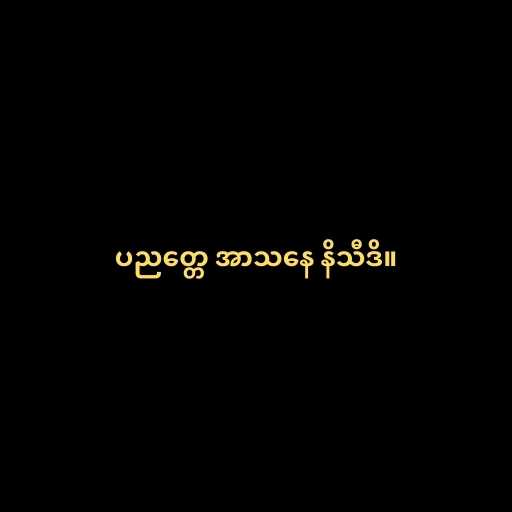
ပညတ္တေ အာသနေ နိသီဒိ။